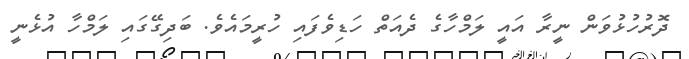
ދޮރުހުޅުވަން ނީރާ އައީ ލަމްހާގެ ދެއަތް ހަޑިވެފައި ހުރީމައެވެ. ބަދިގޭގައި ލަމްހާ އުޅެނީ